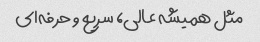
مثل همیشه عالی، سریع و حرفه‌ای